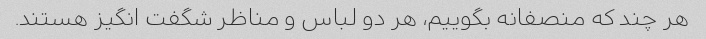
هر چند که منصفانه بگوییم، هر دو لباس و مناظر شگفت انگیز هستند.